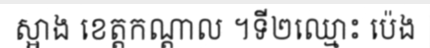
ស្អាង ខេត្តកណ្តាល ។ទី២ឈ្មោះ ប៉េង